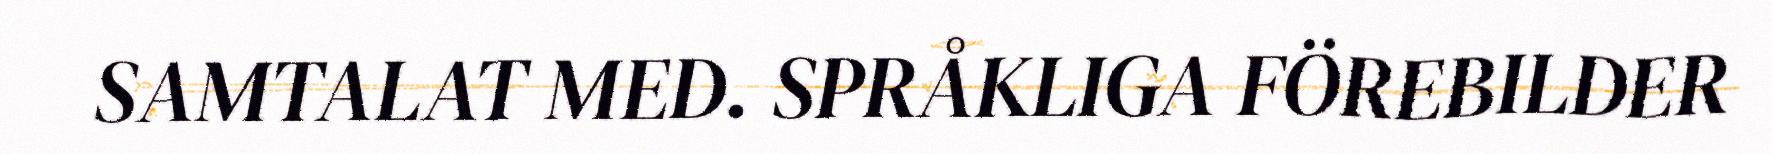
SAMTALAT MED. SPRÅKLIGA FÖREBILDER